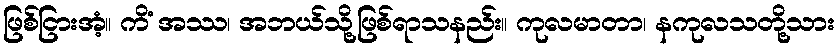
ဖြစ်ငြားအံ့။ ကိံ အဿ၊ အဘယ်သို့ဖြစ်ရာသနည်း။ ကုလမာတာ၊ နကုလသတို့သား